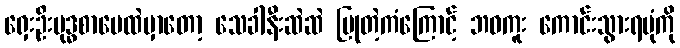
ရှေးဦးဗုဒ္ဓစာပေထဲမှာတော့ သေခါနီးဆဲဆဲ ပြုတဲ့ကံကြောင့် ဘဝကူး ကောင်းသွားရပုံကို